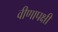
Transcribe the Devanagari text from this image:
वीणापक्षी